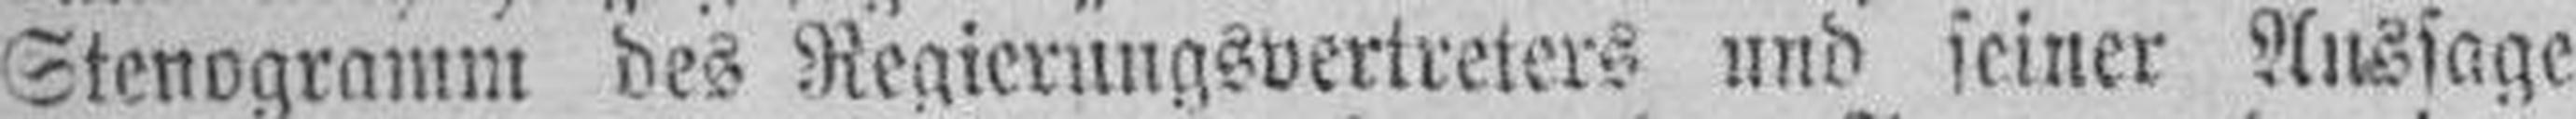
Stenogramm des Regierungsvertreters und seiner Aussage